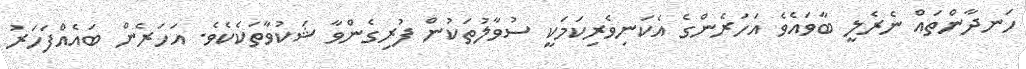
ހަނދާންތައް ނެރެލީ ބާވައެވެ އަހަރެންގެ އެކަނިވެރިކަމަކީ ސުވާލުތަކުން ފުރިގެންވާ ޝަކުވާތަކެކެވެ. އަހަރެން ބައެއްފަހަރު